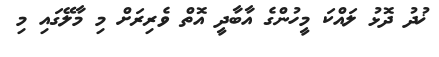
ޚުދު ދޮޅު ލައްކަ މީހުންގެ އާބާދީ އޮތް ވެރިރަށް މި މާލޭގައި މި